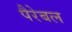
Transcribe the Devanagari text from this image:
पैरेबल